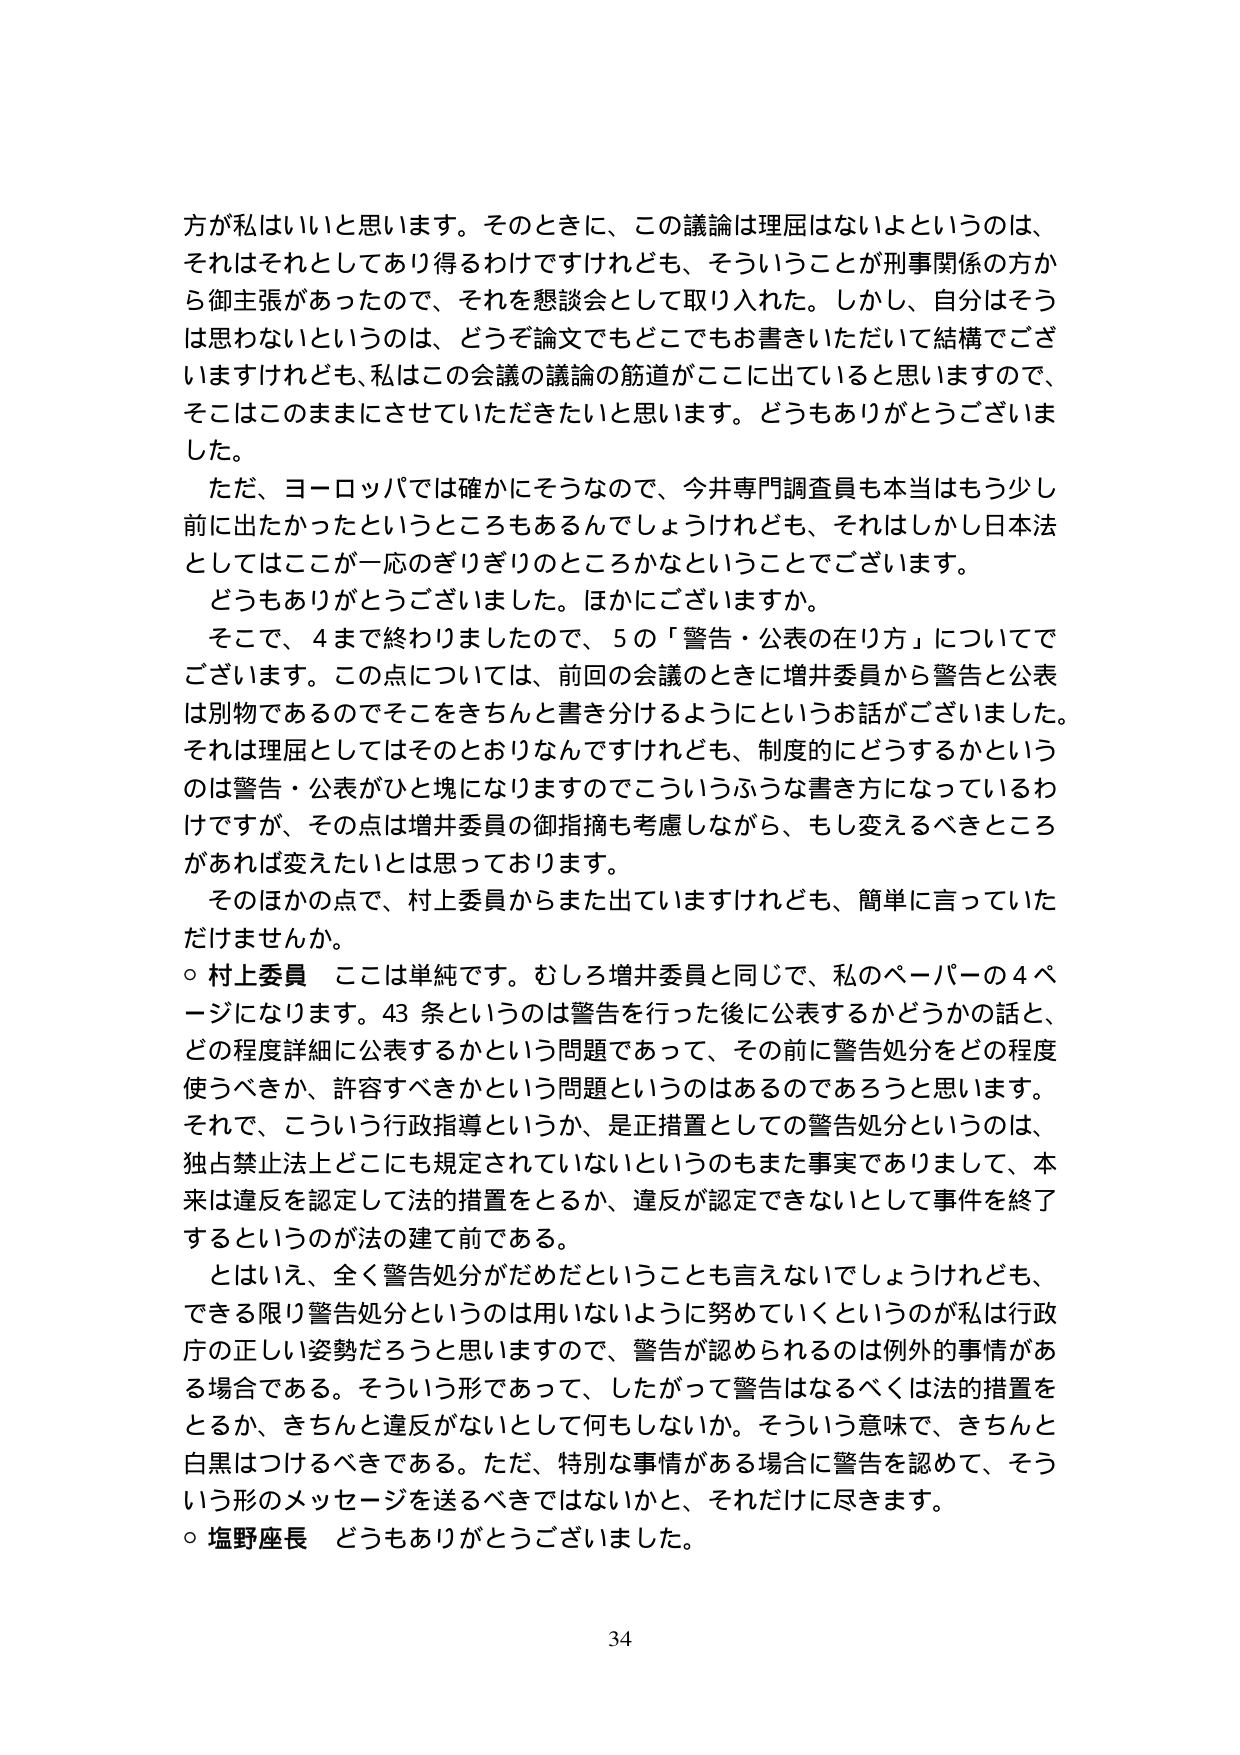
方が私はいいと思います。そのときに、この議論は理屈はないよというのは、それはそれとしてあり得るわけですけれども、そういうことが刑事関係の方から御主張があったので、それを懇談会として取り入れた。しかし、自分はそうは思わないというのは、どうぞ論文でもどこでもお書きいただいて結構でございますけれども、私はこの会議の議論の筋道がここに出ていると思いますので、そこはこのままにさせていただきたいと思います。どうもありがとうございました。

ただ、ヨーロッパでは確かにそうなので、今井専門調査員も本当はもう少し前に出たかったというところもあるんでしょうけれども、それはしかし日本法としてはここが一応のぎりぎりのところかなということでございます。

どうもありがとうございました。ほかにございますか。

そこで、4まで終わりましたので、5の「警告・公表の在り方」についてでございます。この点については、前回の会議のときに増井委員から警告と公表は別物であるのでそこをきちんと書き分けるようにというお話がございました。それは理屈としてはそのとおりなんですけれども、制度的にどうするかというのは警告・公表がひと塊になりますのでこういうふうな書き方になっているわけですが、その点は増井委員の御指摘も考慮しながら、もし変えるべきところがあれば変えたいとは思っております。

そのほかの点で、村上委員からまた出ていますけれども、簡単に言っていただけませんか。

○ 村上委員　ここは単純です。むしろ増井委員と同じで、私のペーパーの4ページになります。43条というのは警告を行った後に公表するかどうかの話と、どの程度詳細に公表するかという問題であって、その前に警告処分をどの程度使うべきか、許容すべきかという問題というのはあるのであろうと思います。それで、こういう行政指導というか、是正措置としての警告処分というのは、独占禁止法上どこにも規定されていないというのもまた事実でありまして、本来は違反を認定して法的措置をとるか、違反が認定できないとして事件を終了するというのが法の建て前である。

とはいえ、全く警告処分がだめだということも言えないでしょうけれども、できる限り警告処分というのは用いないように努めていくというのが私は行政庁の正しい姿勢だろうと思いますので、警告が認められるのは例外的事情がある場合である。そういう形であって、したがって警告はなるべくは法的措置をとるか、きちんと違反がないとして何もしないか。そういう意味で、きちんと白黒はつけるべきである。ただ、特別な事情がある場合に警告を認めて、そういう形のメッセージを送るべきではないかと、それだけに尽きます。

○ 塩野座長　どうもありがとうございました。

34